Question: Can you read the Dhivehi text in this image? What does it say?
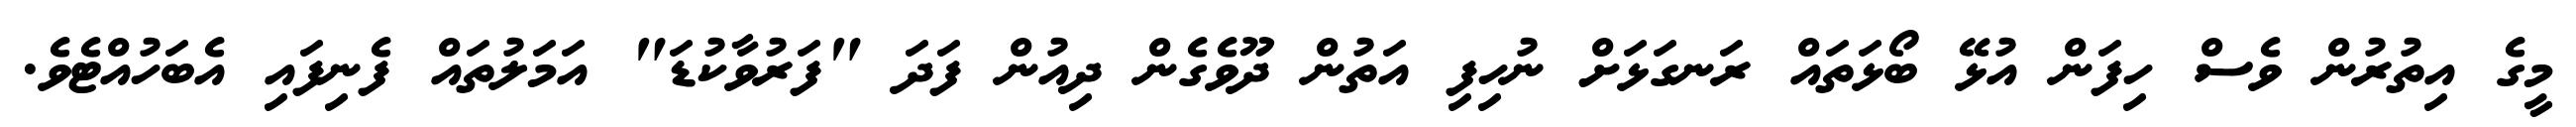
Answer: މީގެ އިތުރުން ވެސް ހިފަން އުޅޭ ބޯޅަތައް ރަނގަޅަށް ނުހިފި އަތުން ދޫވެގެން ދިއުން ފަދަ "ފަރުވާކުޑަ" އަމަލުތައް ފެނިފައި އެބަހުއްޓެވެ.